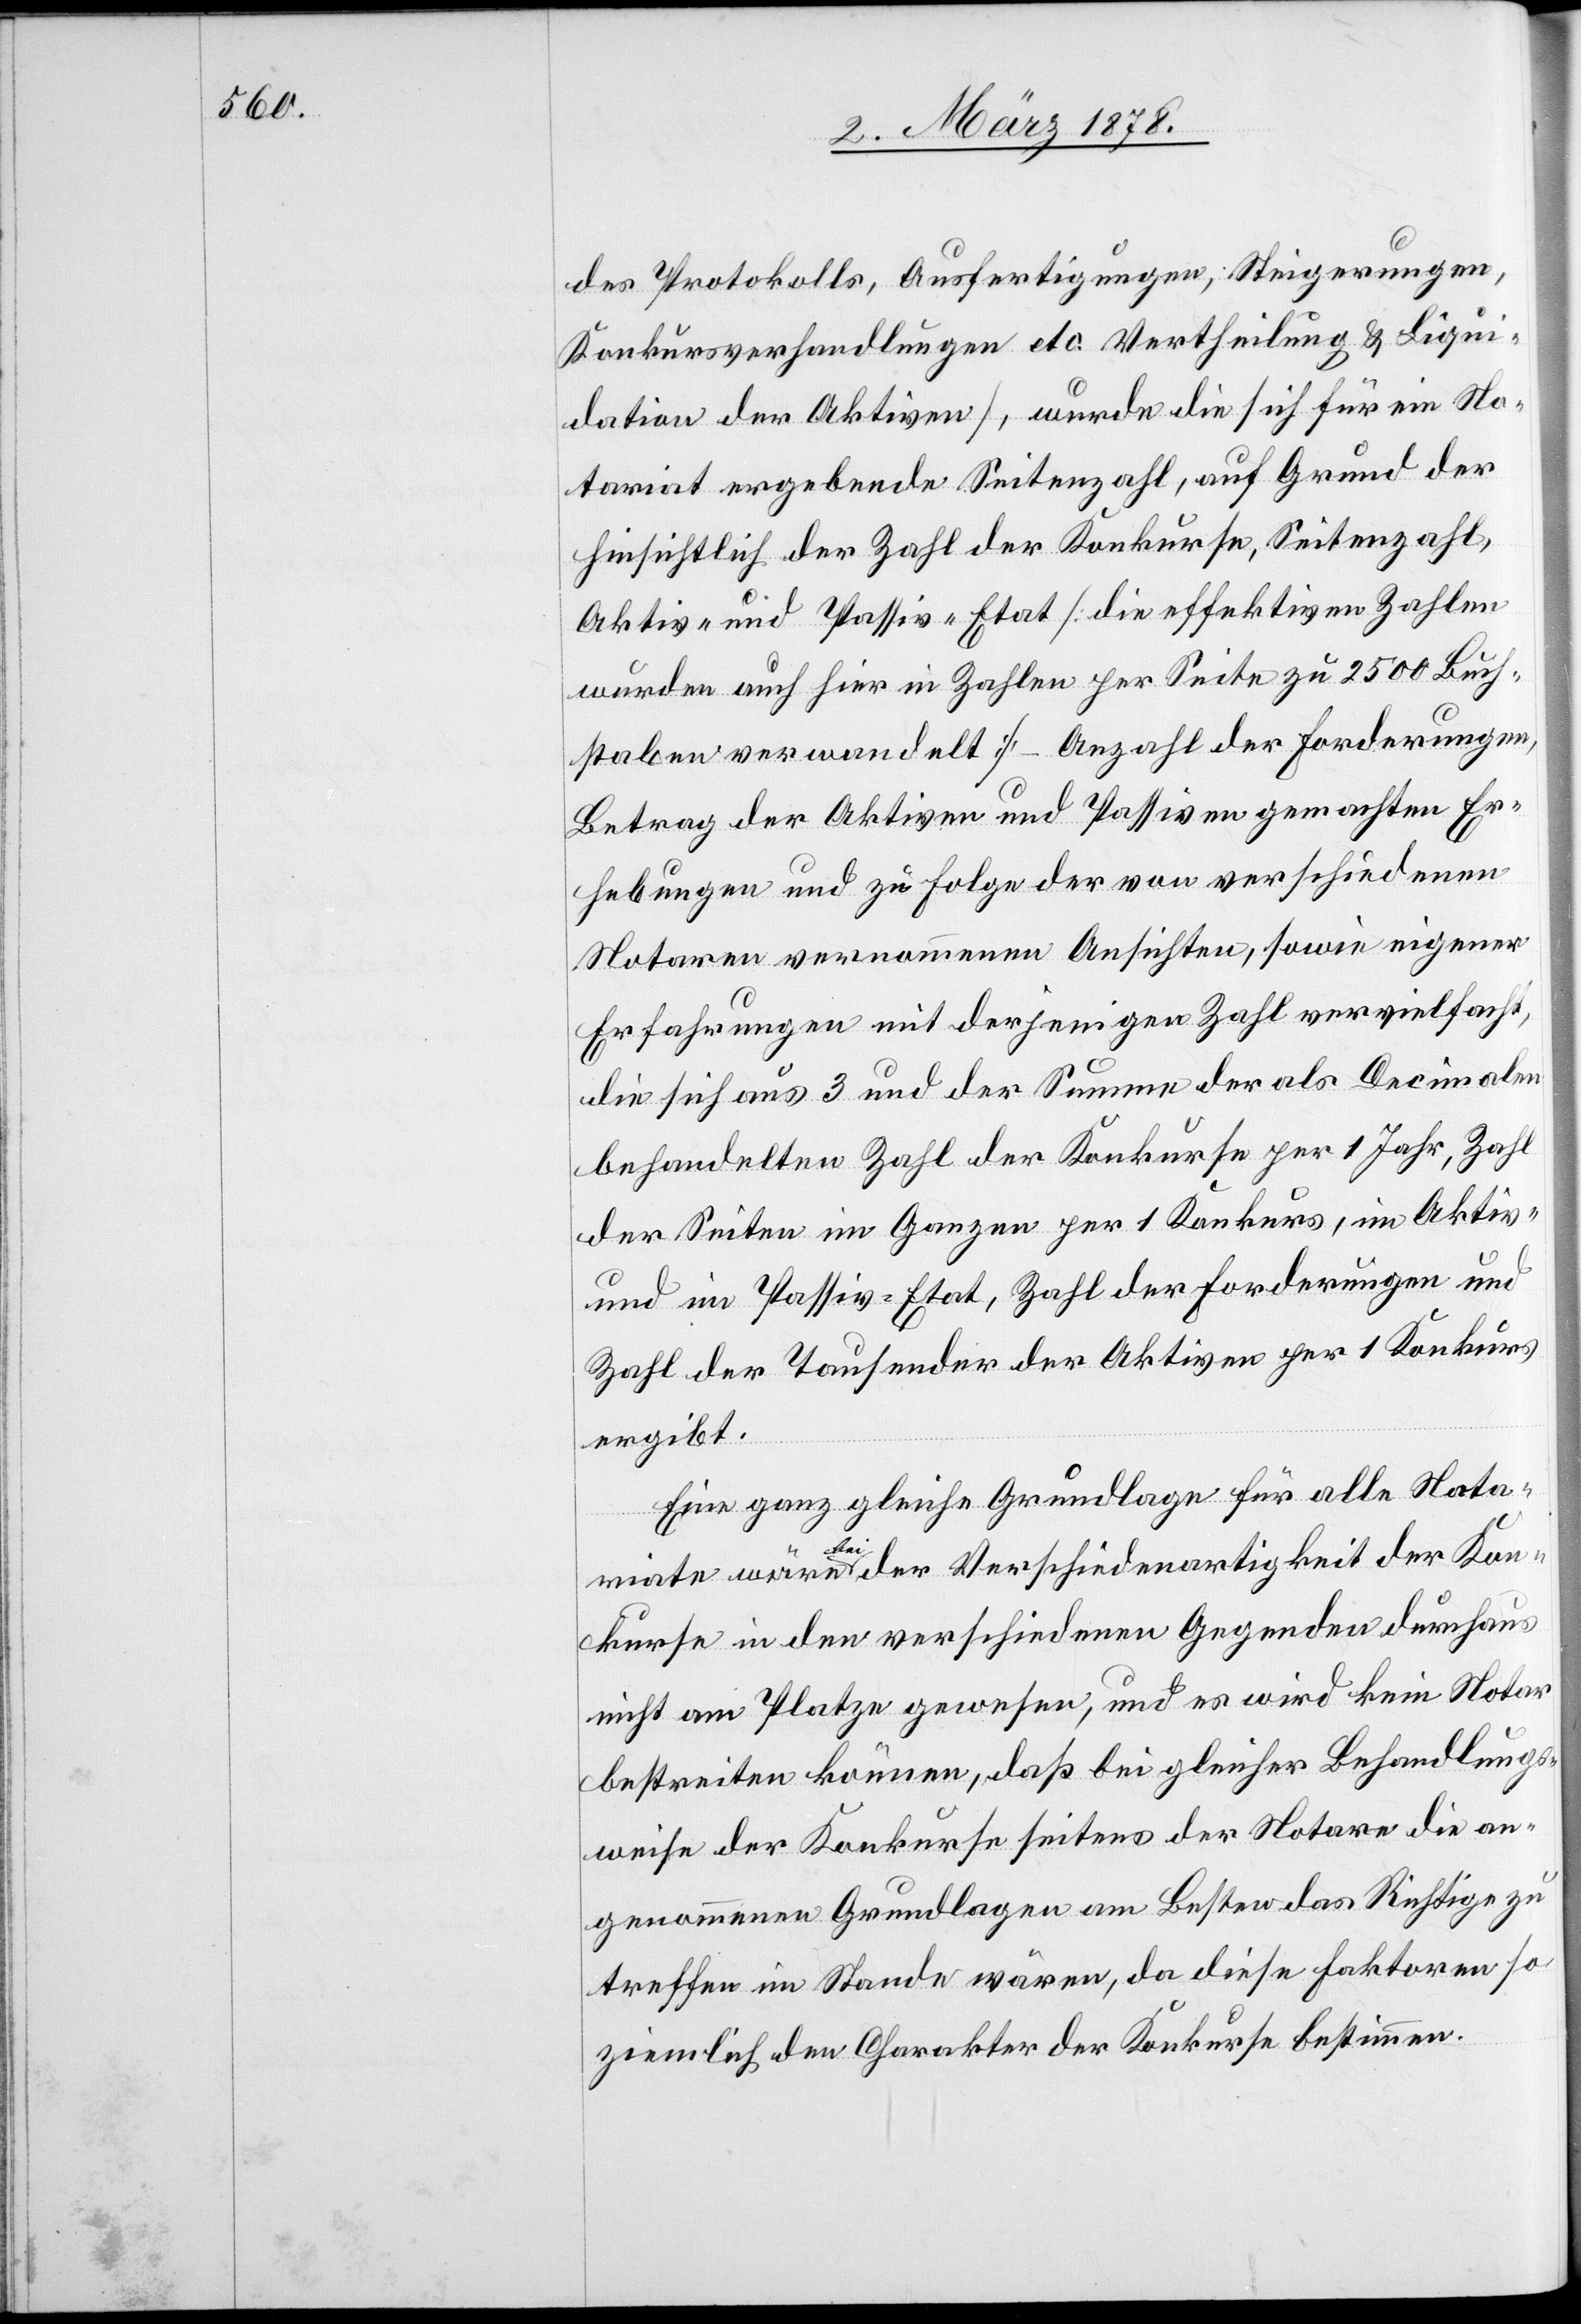
des Protokolls, Ausfertigungen, Steigerungen,
Konkursverhandlungen etc. Vertheilung & Liqui¬
dation der Aktiven), wurde die sich für ein No¬
tariat ergebende Seitenzahl, auf Grund der
hinsichtlich der Zahl der Konkurse, Seitenzahl,
Aktiv- und Passiv-Etat [die effektiven Zahlen
wurden auch hier in Zahlen per Seite zu 2500 Buch¬
staben verwandelt] – Anzahl der Forderungen,
Betrag der Aktiven und Passiven gemachten Er¬
hebungen und zu Folge der von verschiedenen
Notaren vernommenen Ansichten, sowie eigener
Erfahrungen mit derjenigen Zahl vervielfacht,
die sich aus 3 und der Summe der als Decimalen
behandelten Zahl der Konkurse per 1 Jahr, Zahl
der Seiten im Ganzen per 1 Konkurs, im Aktiv-
und Passiv-Etat, Zahl der Forderungen und
Zahl der Tausender der Aktiven per 1 Konkurs
ergibt.
Eine ganz gleiche Grundlage für alle Nota¬
riate wären bei der Verschiedenartigkeit der Kon¬
kurse in den verschiedenen Gegenden durchaus
nicht am Platze gewesen, und es wird kein Notar
bestreiten können, daß bei gleicher Behandlungs¬
weise der Konkurse seitens der Notare die an¬
genommene Grundlagen am Besten das Richtige zu
treffen im Stande wären, da diese Faktoren so
ziemlich den Charakter der Konkurse bestimmen.